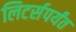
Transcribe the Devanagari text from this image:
लिटर्सपर्यंत